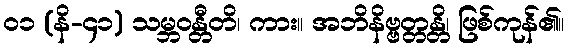
၀၁ (နိ-၄၁) သမ္ဘဝန္တီတိ၊ ကား။ အဘိနိဗ္ဗတ္တန္တိ၊ ဖြစ်ကုန်၏။